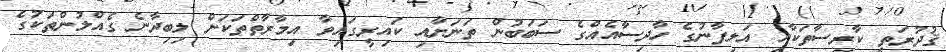
ޤުދުރަތީ ކާރިސާތަކާއި އަލިފާނުގެ ހާދިސާއެއްގެ ސަބަބުން ތަނަށާއި ކައިރީގައިވާ އިމާރާތްތަކަށް ލިބިދާނެ ގެއްލުންތަކުގެ